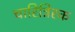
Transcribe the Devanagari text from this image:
चारित्रिरक